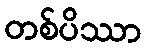
တစ်ပိဿာ